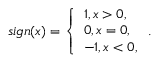
s i g n ( x ) = \left\{ \begin{array} { l l } { 1 , x > 0 , } \\ { 0 , x = 0 , } \\ { - 1 , x < 0 , } \end{array} \right. .